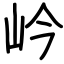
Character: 岒